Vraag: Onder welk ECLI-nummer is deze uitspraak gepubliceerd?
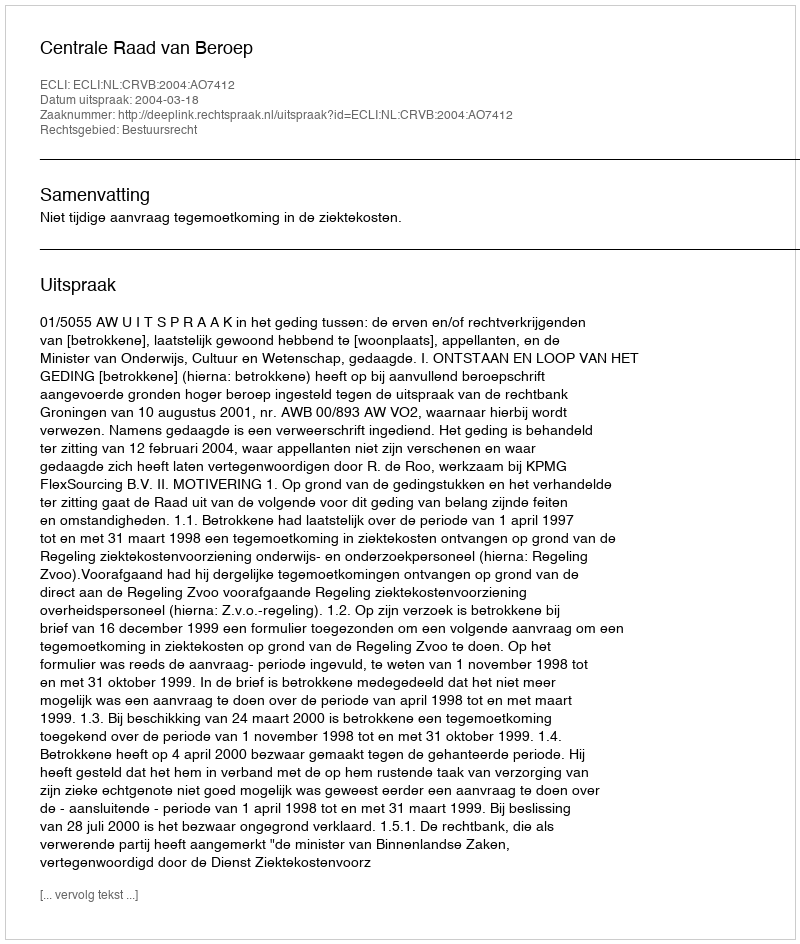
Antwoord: ECLI:NL:CRVB:2004:AO7412